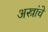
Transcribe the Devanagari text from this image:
अस्त्रांचे